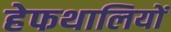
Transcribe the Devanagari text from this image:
हेफथालियों